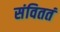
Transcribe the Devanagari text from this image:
संविततं